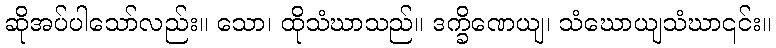
ဆိုအပ်ပါသော်လည်း။ သော၊ ထိုသံဃာသည်။ ဒက္ခိဏေယျ၊ သံဃောယျသံဃာ၎င်း။